Papers set at the Examination for Leaving Certificates, 1895
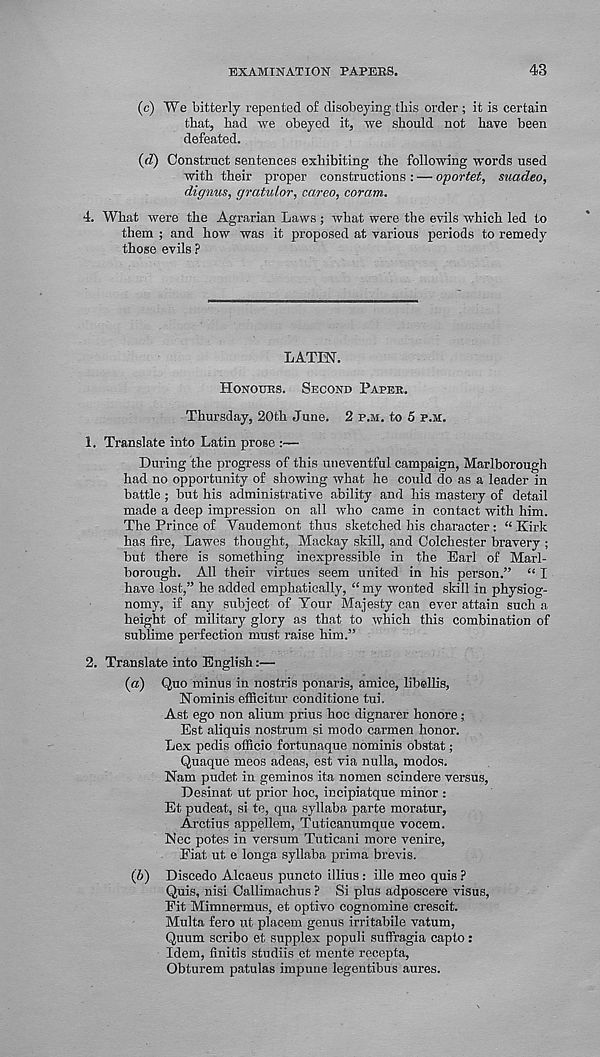
EXAMINATION PAPERS.
43
(c) We bitterly repented of disobeying this order; it is certain
that, had we obeyed it, we should not have been
defeated.
(d) Construct sentences exhibiting the following words used
with their proper constructions : — oportet, swadeo,
dignus, gratulor, careo, coram.
4. What were the Agrarian Laws ; what were the evils which led to
them ; and how was it proposed at various periods to remedy
those evils ?
LATI'N.
Honours. Second Paper.
Thursday, 20th June. 2 p.m. to 5 p.m.
1. Translate into Latin prose :—
During the progress of this uneventful campaign, Marlborough
had no opportunity of showing what he could do as a leader in
battle; but his administrative ability and his mastery of detail
made a deep impression on all who came in contact with him.
The Prince of Vaudemont thus sketched his character: “ Kirk
has fire, Lawes thought, Mackay skill, and Colchester bravery ;
but there is something inexpressible in the Earl of Marl-
borough. All their virtues seem united in his person.” “ I
have lost,” he added emphatically, “ my wonted skill in physiog-
nomy, if any subject of Tour Majesty can ever attain such a
height of military glory as that to which this combination of
sublime perfection must raise him.”
2. Translate into English:—
{a) Quo minus in nostris ponaris, amice, libellis,
Hominis efficitur conditione tui.
Ast ego non alium prius hoc dignarer honore ;
Est aliquis nostrum si modo carmen honor.
Lex pedis officio fortunaque nominis obstat;
Quaque meos adeas, est via nulla, modes.
Nam pudet in geminos ita nomen scindere versus,
Desinat ut prior hoc, incipiatque minor :
Et pudeat, si te, qua syllaba parte moratur,
Arctius appellem, Tuticanumque vocem.
Nec potes in versum Tuticani more venire,
Fiat ut e longa syllaba prima brevis.
(6) Discedo Alcaeus puncto illius : ille meo quis ?
Quis, nisi Callimachus ? Si plus adposcere visus,
Fit Mimnermus, et optivo cognomine crescit.
Multa fero ut placem genus irritabile vatum,
Quum scribo et supplex populi suffragia capto:
Idem, finitis studiis et mente recepta,
Obturem patulas impune legentibus aures.